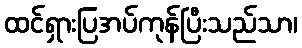
ထင်ရှားပြအပ်ကုန်ပြီးသည်သာ၊